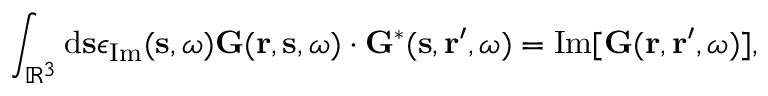
\int _ { \mathbb { R } ^ { 3 } } \mathrm { d } \mathbf { s } \epsilon _ { \mathrm { I m } } ( \mathbf { s } , \omega ) \mathbf { G } ( \mathbf { r } , \mathbf { s } , \omega ) \cdot \mathbf { G } ^ { * } ( \mathbf { s } , \mathbf { r } ^ { \prime } , \omega ) = \mathrm { I m } [ \mathbf { G } ( \mathbf { r } , \mathbf { r } ^ { \prime } , \omega ) ] ,